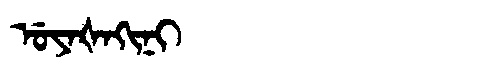
Manchu: ᡠᠶᠠᡧᠠᡴᡳᠨᡳ
Romanization: UYAŠAKINI